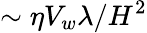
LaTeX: \sim\eta V_{w}\lambda/H^{2}